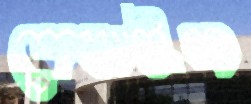
দেখাইল